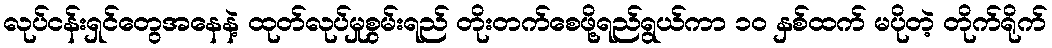
လုပ်ငန်းရှင်တွေအနေနဲ့ ထုတ်လုပ်မှုစွမ်းရည် တိုးတက်စေဖို့ရည်ရွယ်ကာ ၁၀ နှစ်ထက် မပိုတဲ့ တိုက်ရိုက်